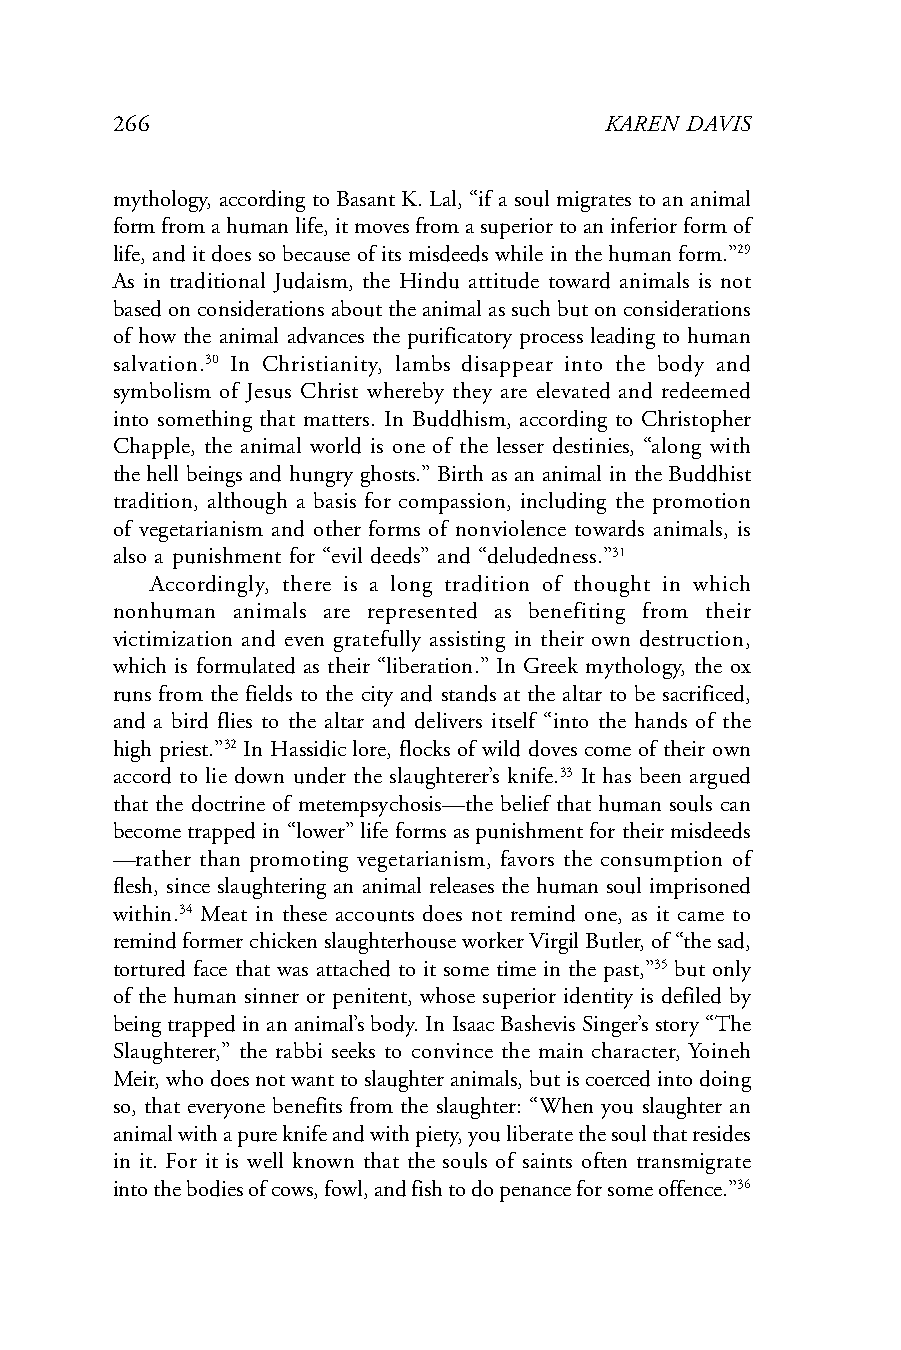
266                              KAREN DAVIS
 mythology, according to Basant K. Lal, “if a soul migrates to an animal
 form from a human life, it moves from a superior to an inferior form of
 life, and it does so because of its misdeeds while in the human form.”29
 As in traditional Judaism, the Hindu attitude toward animals is not
 based on considerations about the animal as such but on considerations
 of how the animal advances the purificatory process leading to human
 salvation.30 In Christianity, lambs disappear into the body and
 symbolism of Jesus Christ whereby they are elevated and redeemed
 into something that matters. In Buddhism, according to Christopher
 Chapple, the animal world is one of the lesser destinies, “along with
 the hell beings and hungry ghosts.” Birth as an animal in the Buddhist
 tradition, although a basis for compassion, including the promotion
 of vegetarianism and other forms of nonviolence towards animals, is
 also a punishment for “evil deeds” and “deludedness.”31
 Accordingly, there is a long tradition of thought in which
 nonhuman animals are represented as benefiting from their
 victimization and even gratefully assisting in their own destruction,
 which is formulated as their “liberation.” In Greek mythology, the ox
 runs from the fields to the city and stands at the altar to be sacrificed,
 and a bird flies to the altar and delivers itself “into the hands of the
 high priest.”32 In Hassidic lore, flocks of wild doves come of their own
 accord to lie down under the slaughterer’s knife.33 It has been argued
 that the doctrine of metempsychosis—the belief that human souls can
 become trapped in “lower” life forms as punishment for their misdeeds
 —rather than promoting vegetarianism, favors the consumption of
 flesh, since slaughtering an animal releases the human soul imprisoned
 within.34 Meat in these accounts does not remind one, as it came to
 remind former chicken slaughterhouse worker Virgil Butler, of “the sad,
 tortured face that was attached to it some time in the past,”35 but only
 of the human sinner or penitent, whose superior identity is defiled by
 being trapped in an animal’s body. In Isaac Bashevis Singer’s story “The
 Slaughterer,” the rabbi seeks to convince the main character, Yoineh
 Meir, who does not want to slaughter animals, but is coerced into doing
 so, that everyone benefits from the slaughter: “When you slaughter an
 animal with a pure knife and with piety, you liberate the soul that resides
 in it. For it is well known that the souls of saints often transmigrate
 into the bodies of cows, fowl, and fish to do penance for some offence.”36